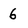
Character: 6